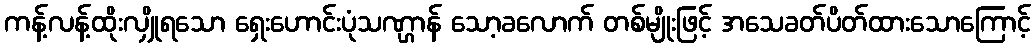
ကန့်လန့်ထိုးလျှိုရသော ရှေးဟောင်းပုံသဏ္ဌာန် သော့ခလောက် တစ်မျိုးဖြင့် အသေခတ်ပိတ်ထားသောကြောင့်